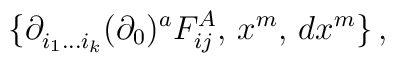
\{\partial^{}_{i_1 \ldots i_k}(\partial_0)^aF^{A}_{ij},\,x^m,\,dx^m\}\,,